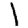
Digit: 1